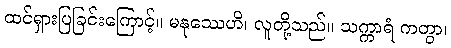
ထင်ရှားပြခြင်းကြောင့်။ မနုဿေဟိ၊ လူတို့သည်။ သက္ကာရံ ကတွာ၊